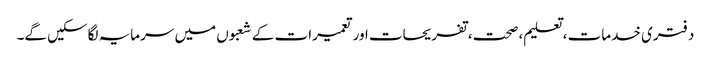
دفتری خدمات ، تعلیم، صحت، تفریحات اور تعمیرات کے شعبوں میں سرمایہ لگاسکیں گے۔